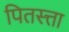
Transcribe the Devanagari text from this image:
पितस्त्ता